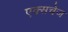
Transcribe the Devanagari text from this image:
एक्सचेज